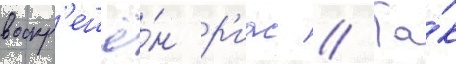
воскр'ешё́н р'иас // Та́к